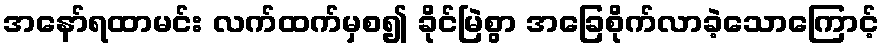
အနော်ရထာမင်း လက်ထက်မှစ၍ ခိုင်မြဲစွာ အခြေစိုက်လာခဲ့သောကြောင့်